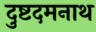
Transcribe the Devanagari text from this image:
दुष्टदमनाथ